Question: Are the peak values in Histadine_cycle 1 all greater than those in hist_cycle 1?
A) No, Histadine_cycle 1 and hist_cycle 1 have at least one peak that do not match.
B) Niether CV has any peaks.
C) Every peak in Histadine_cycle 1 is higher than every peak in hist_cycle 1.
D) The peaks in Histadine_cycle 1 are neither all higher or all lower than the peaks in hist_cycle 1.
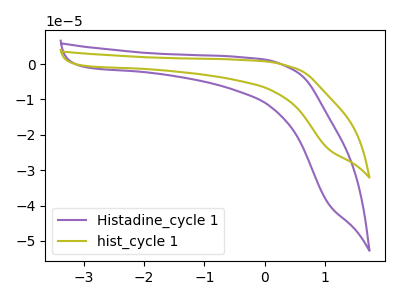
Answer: <think>The purple curve "Histadine_cycle 1" has no peaks. The olive curve "hist_cycle 1" has no peaks.</think>
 <answer>B) Niether CV has any peaks.</answer>
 <eval>B</eval>